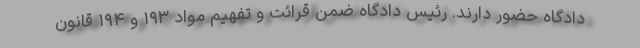
دادگاه حضور دارند. رئیس دادگاه ضمن قرائت و تفهیم مواد ۱۹۳ و ۱۹۴ قانون